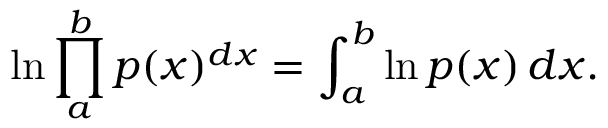
\ln \prod _ { a } ^ { b } p ( x ) ^ { d x } = \int _ { a } ^ { b } \ln p ( x ) \, d x .